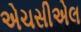
એચસીએલ